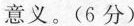
意义。(6分)